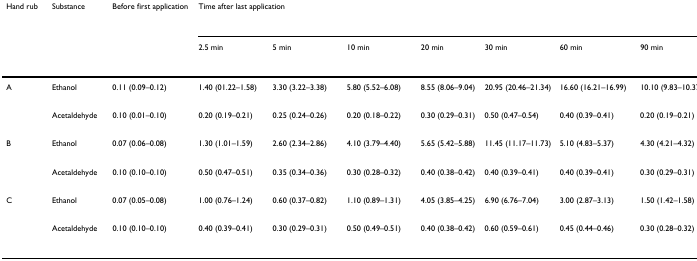
| Hand rub | Substance | Before first application | <COLSPAN=7> Time after last application |
 |  |  |  | 2.5 min | 5 min | 10 min | 20 min | 30 min | 60 min | 90 min |
 | --- | --- | --- | --- | --- | --- | --- | --- | --- | --- |
 | A | Ethanol | 0.11 (0.09–0.12) | 1.40 (01.22–1.58) | 3.30 (3.22–3.38) | 5.80 (5.52–6.08) | 8.55 (8.06–9.04) | 20.95 (20.46–21.34) | 16.60 (16.21–16.99) | 10.10 (9.83–10.37) |
 |  | Acetaldehyde | 0.10 (0.01–0.10) | 0.20 (0.19–0.21) | 0.25 (0.24–0.26) | 0.20 (0.18–0.22) | 0.30 (0.29–0.31) | 0.50 (0.47–0.54) | 0.40 (0.39–0.41) | 0.20 (0.19–0.21) |
 | B | Ethanol | 0.07 (0.06–0.08) | 1.30 (1.01–1.59) | 2.60 (2.34–2.86) | 4.10 (3.79–4.40) | 5.65 (5.42–5.88) | 11.45 (11.17–11.73) | 5.10 (4.83–5.37) | 4.30 (4.21–4.32) |
 |  | Acetaldehyde | 0.10 (0.10–0.10) | 0.50 (0.47–0.51) | 0.35 (0.34–0.36) | 0.30 (0.28–0.32) | 0.40 (0.38–0.42) | 0.40 (0.39–0.41) | 0.40 (0.39–0.41) | 0.30 (0.29–0.31) |
 | C | Ethanol | 0.07 (0.05–0.08) | 1.00 (0.76–1.24) | 0.60 (0.37–0.82) | 1.10 (0.89–1.31) | 4.05 (3.85–4.25) | 6.90 (6.76–7.04) | 3.00 (2.87–3.13) | 1.50 (1.42–1.58) |
 |  | Acetaldehyde | 0.10 (0.10–0.10) | 0.40 (0.39–0.41) | 0.30 (0.29–0.31) | 0.50 (0.49–0.51) | 0.40 (0.38–0.42) | 0.60 (0.59–0.61) | 0.45 (0.44–0.46) | 0.30 (0.28–0.32) |